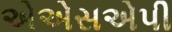
એએસએપી